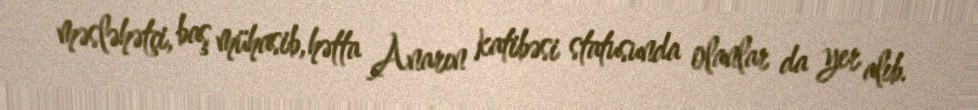
məsləhətçi, baş mühasib, hətta Anarın katibəsi statusunda olanlar da yer alıb.